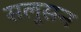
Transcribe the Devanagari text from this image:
सलूसन